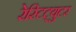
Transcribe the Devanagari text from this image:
रेस्टिट्युटर